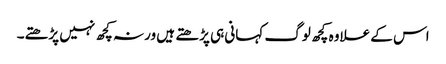
اس کے علاوہ کچھ لوگ کہانی ہی پڑھتے ہیں ورنہ کچھ نہیں پڑھتے۔